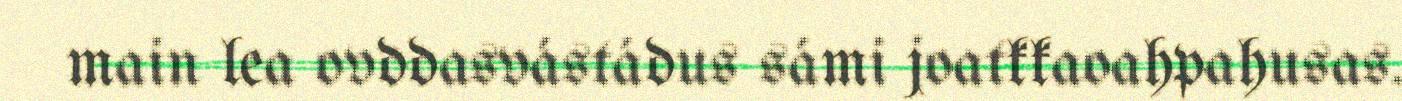
main lea ovddasvástádus sámi joatkkaoahpahusas.